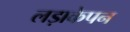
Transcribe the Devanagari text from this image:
लड़ाकेपन